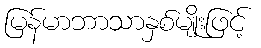
မြန်မာဘာသာနှစ်မျိုးဖြင့်